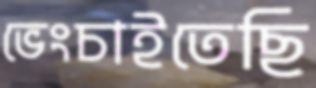
ভেংচাইতেছি